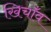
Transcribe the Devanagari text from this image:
खिचाँव